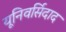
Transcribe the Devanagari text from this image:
यूनिवर्सिदाद